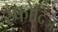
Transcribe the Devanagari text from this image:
स्फोदिज